Reports on dispensaries and lunatic asylums in the Province of Oudh - 1869-1876
Year: 1869
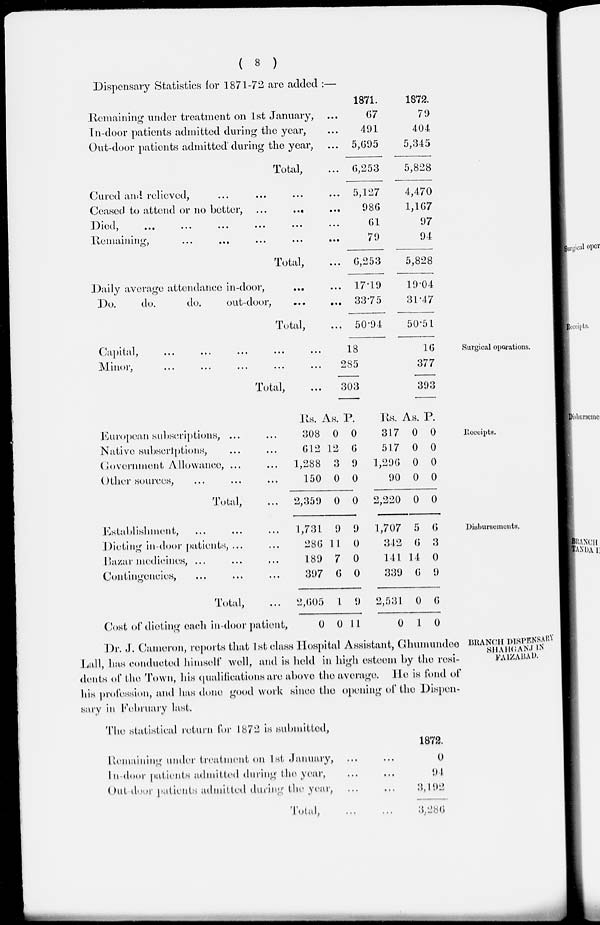
( 8 )
Dispensary Statistics for 1871-72 are added :—
.Remaining under treatment on 1st January, ...
in-door patients admitted during the year, ...
Out-door patients admitted during the year, ...
Total, ...
Cured and relieved, ... ... ... ...
Ceased to attend or no better, ... ... ...
Died, ... ... ... ... ... ...
Remaining, ... ... ... ... ...
Total, ...
Daily average attendance in-door, ... ...
Do.
do.
do.
out-door,
...
...
Total, ...
1871.
67
491
5,695
6,253
5,127
986
61
79
6,253
17.19
33.75
50.91
1872.
79
404
5,345
5,828
4,470
1,167
97
94
5,828
19.04
31.47
50.51
Surgical operations.
Capital,
...
...
...
...
...
...
Minor, ... ... ... ... ... ...
Total, ...
18
285
303
16
377
393
Receipts.
European subscriptions, ... ...
Native subscriptions, ... ...
Government Allowance, ... ...
Other sources, ... ... ...
Total, ...
Rs.
308
612
1,288
150
2,359
As.
0
12
3
0
0
P.
0
6
9
0
0
Rs.
317
517
1,290
90
2,220
As.
0
0
0
0
0
P.
0
0
0
0
0
Disbursements.
Establishment, ... ... ...
Dieting in-door patients, ... ...
Bazar medicines, ... ... ...
Contingencies, ... ... ...
Total, ...
Cost of dieting each in-door patient,
1,731
286
189
397
2,605
0
9
11
7
6
1
0
9
0
0
0
9
11
1,707
342
141
339
2,531
0
5
6
14
6
0
1
6
3
0
9
6
0
BRANCH DISPENSARY
SHAHGANJ IN
FAIZABAD.
Dr. J. Cameron, reports that 1st class Hospital Assistant, Ghumundee
Lall, has conducted himself well, and is held in high esteem by the resi-
dents of the Town, his qualifications are above the average. He is fond of
his profession, and has done good work since the opening of the Dispen-
sary in February last.
The statistical return for 1872 is submitted,
Remaining under treatment on 1st .January, ... ...
In-door patients admitted dining the year, ... ...
Out door patients admitted during the year, ... ...
Total,
...
...
1872.
0
94
3,192
3,286